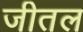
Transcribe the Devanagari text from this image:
जीतल